Rangoon Lunatic Asylum 1878-1892 - 1878-1892
Year: 1878
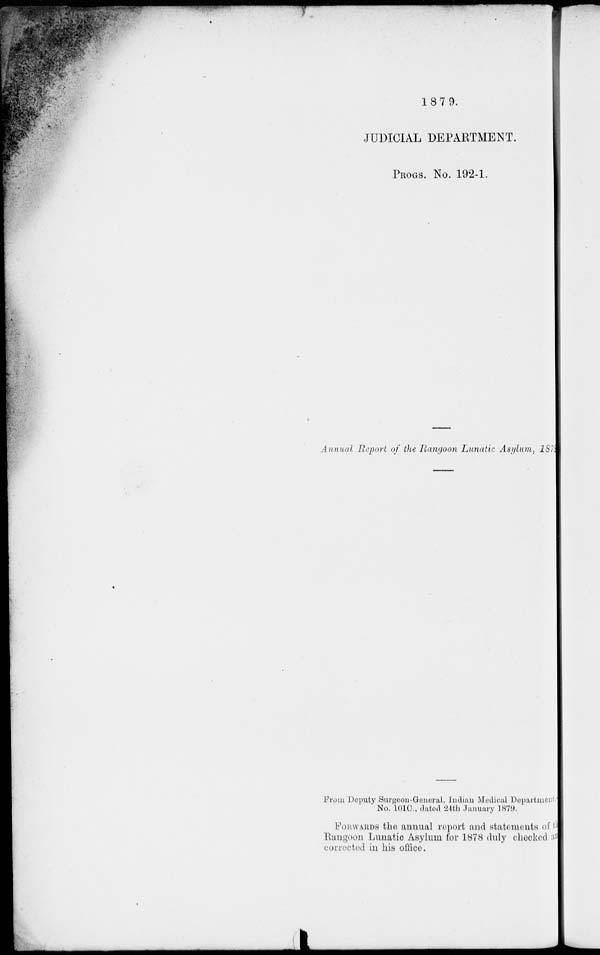
1879.
JUDICIAL DEPARTMENT.
PROGS. NO. 192-1.
Annual Report of the Rangoon Lunatic Asylum, 1878
From Deputy Surgeon General, Indian Medical Department
No. 101C., dated 24th January 1879.
FORWARDS the annual report and statements of t he
Rangoon Lunatic Asylum for 1878 duly checked and
corrected in his office.